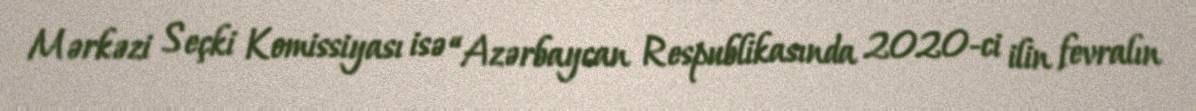
Mərkəzi Seçki Komissiyası isə “Azərbaycan Respublikasında 2020-ci ilin fevralın